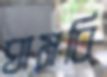
ঘামবি